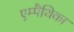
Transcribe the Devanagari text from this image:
एम्पैथिका